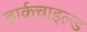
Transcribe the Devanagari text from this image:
डार्कचाइल्ड